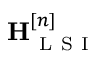
\mathbf { H } _ { \mathrm { ~ L ~ S ~ I ~ } } ^ { [ n ] }